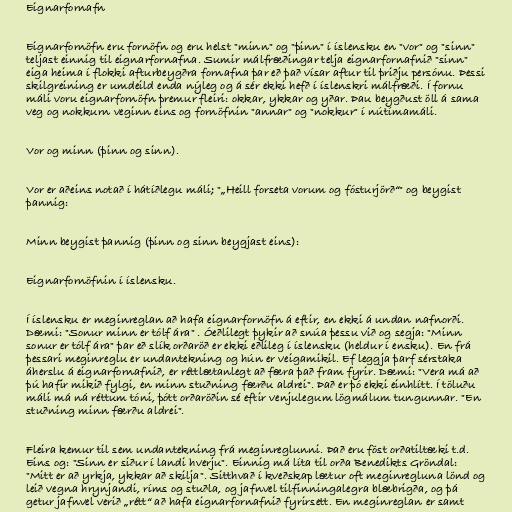
Eignarfornafn

Eignarfornöfn eru fornöfn og eru helst "minn" og "þinn" í íslensku en "vor" og "sinn"
teljast einnig til eignarfornafna. Sumir málfræðingar telja eignarfornafnið "sinn"
eiga heima í flokki afturbeygðra fornafna þar eð það vísar aftur til þriðju persónu. Þessi
skilgreining er umdeild enda nýleg og á sér ekki hefð í íslenskri málfræði. Í fornu
máli voru eignarfornöfn þremur fleiri: okkar, ykkar og yðar. Þau beygðust öll á sama
veg og nokkurn veginn eins og fornöfnin "annar" og "nokkur" í nútímamáli.

Vor og minn (þinn og sinn).

Vor er aðeins notað í hátíðlegu máli; "„Heill forseta vorum og fósturjörð“" og beygist
þannig:

Minn beygist þannig (þinn og sinn beygjast eins):

Eignarfornöfnin í íslensku.

Í íslensku er meginreglan að hafa eignarfornöfn á eftir, en ekki á undan nafnorði.
Dæmi: "Sonur minn er tólf ára" . Óeðlilegt þykir að snúa þessu við og segja: "Minn
sonur er tólf ára" þar eð slík orðaröð er ekki eðlileg í íslensku (heldur í ensku). En frá
þessari meginreglu er undantekning og hún er veigamikil. Ef leggja þarf sérstaka
áherslu á eignarfornafnið, er réttlætanlegt að færa það fram fyrir. Dæmi: "Vera má að
þú hafir mikið fylgi, en minn stuðning færðu aldrei". Það er þó ekki einhlítt. Í töluðu
máli má ná réttum tóni, þótt orðaröðin sé eftir venjulegum lögmálum tungunnar. "En
stuðning minn færðu aldrei".

Fleira kemur til sem undantekning frá meginreglunni. Það eru föst orðatiltæki t.d.
Eins og: "Sinn er siður í landi hverju". Einnig má líta til orða Benedikts Gröndal:
"Mitt er að yrkja, ykkar að skilja". Sitthvað í kveðskap lætur oft meginregluna lönd og
leið vegna hrynjandi, ríms og stuðla, og jafnvel tilfinningalegra blæbrigða, og þá
getur jafnvel verið „rétt“ að hafa eignarfornafnið fyrirsett. En meginreglan er samt